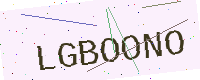
Text: LGBOONO